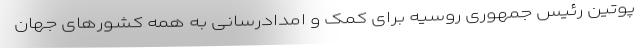
پوتین رئیس جمهوری روسیه برای کمک و امدادرسانی به همه کشورهای جهان